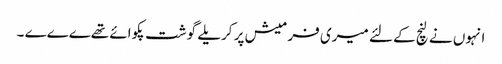
انہوں نے لنچ کے لئے میری فرمیش پر کریلے گوشت پکوائے تھےےےے ۔